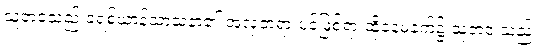
သူ့ဘဝသည် ခရစ်ယာန်သာသနာ၏ အလှတရားပင်ဖြစ်ရာ ထိုနေ့မနက်၌ သူ့ဘဝ သည်